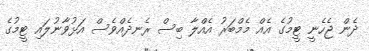
ދެން ޖެހެނީ ޓީމުގެ އެއް މެމްބަރު އެއްލާ ބިސް ރެނދެއްވެސް އަޅުވާނުލައި ޓީމުގެ